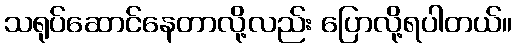
သရုပ်ဆောင်နေတာလို့လည်း ပြောလို့ရပါတယ်။